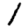
Digit: 1